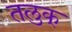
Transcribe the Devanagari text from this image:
तलुक्